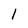
Character: l